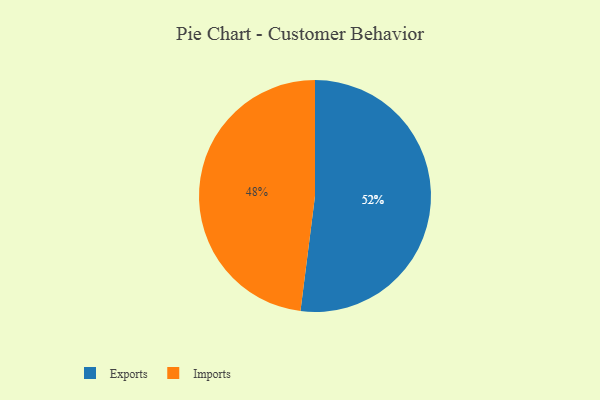
{"axis": {"x": "Category", "y": "Percentage"}, "legend": ["Exports", "Imports"], "data": [{"x": "Imports", "y": 48, "type": "Imports"}, {"x": "Exports", "y": 52, "type": "Exports"}]}